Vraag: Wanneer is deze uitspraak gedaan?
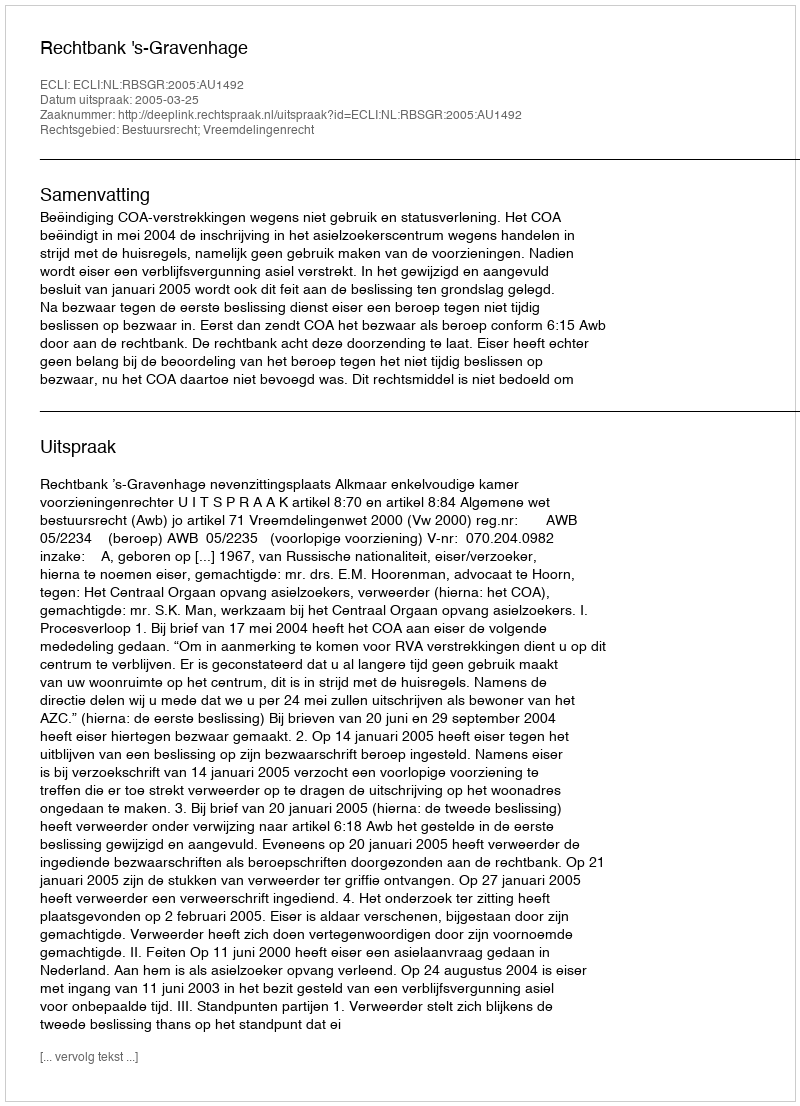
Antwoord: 2005-03-25